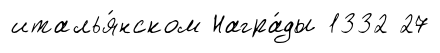
италья́нском Награ́ды 1332 27